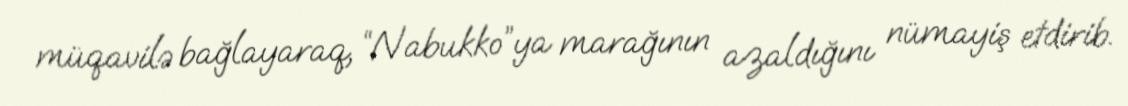
müqavilə bağlayaraq, “Nabukko”ya marağının azaldığını nümayiş etdirib.